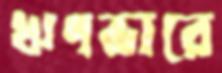
ঋণভারে